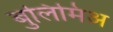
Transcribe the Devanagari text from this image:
बुलिमिअ